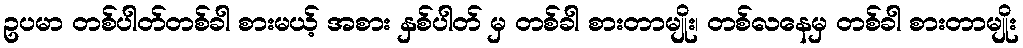
ဥပမာ တစ်ပါတ်တစ်ခါ စားမယ့် အစား နှစ်ပါတ် မှ တစ်ခါ စားတာမျိုး၊ တစ်လနေမှ တစ်ခါ စားတာမျိုး